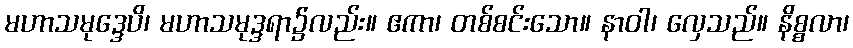
မဟာသမုဒ္ဒေပိ၊ မဟာသမုဒ္ဒရာ၌လည်း။ ဧကာ၊ တစ်စင်းသော။ နာဝါ၊ လှေသည်။ နိစ္စလာ၊